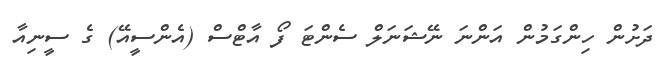
ދަށުން ހިންގަމުން އަންނަ ނޭޝަނަލް ސެންޓަ ފޯ އާޓްސް (އެންސީއޭ) ގެ ސީނިއާ